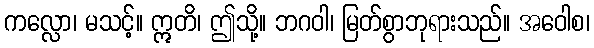
ကလ္လော၊ မသင့်။ ဣတိ၊ ဤသို့။ ဘဂဝါ၊ မြတ်စွာဘုရားသည်။ အဝေါစ၊